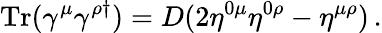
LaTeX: \mathrm{Tr}(\gamma^{\mu}\gamma^{\rho\dagger})=D(2\eta^{0\mu}\eta^{0\rho}-\eta^{\mu\rho})\, .